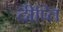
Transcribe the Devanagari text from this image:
दीप्‍ति